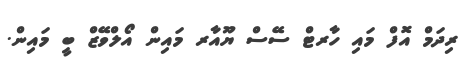
ރިދަމް އޮފް މައި ހާރޓް ސޭސް ޔޫއާރ މައިން އޯލްވޭޒް ބީ މައިން.